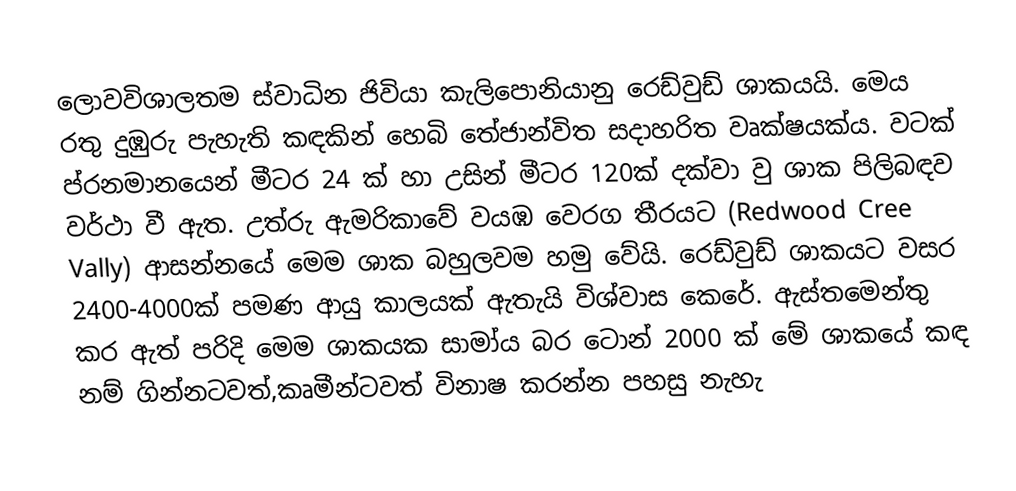
ලොවවිශාලතම ස්වාධින ජිවියා කැලිපොනියානු රෙඩ්වුඩ් ශාකයයි. මෙය රතු දුඹුරු පැහැති කඳකින් හෙබි තේජාන්විත සදාහරිත වෘක්ෂයක්ය. වටක් ප්රනමානයෙන් මීටර 24 ක් හා උසින් මීටර 120ක් දක්වා වු ශාක පිලිබඳව වර්ථා වී ඇත. උත්රු ඇමරිකාවේ වයඹ වෙරග තීරයට (Redwood Cree Vally) ආසන්නයේ මෙම ශාක බහුලවම හමු වේයි. රෙඩ්වුඩ් ශාකයට වසර 2400-4000ක් පමණ ආයු කාලයක් ඇතැයි විශ්වාස කෙරේ. ඇස්තමෙන්තු කර ඇත් පරිදි මෙම ශාකයක සාමා්ය බර ටොන් 2000 ක් මේ ශාකයේ කඳ නම් ගින්නටවත්,කෘමීන්ටවත් විනාෂ කරන්න පහසු නැහැ